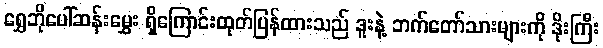
ရွှေဘိုပေါ်ဆန်းမွှေး ရှိကြောင်းထုတ်ပြန်ထားသည် ဒူးနဲ့ ဘက်တော်သားများကို ဒိုးကြီး